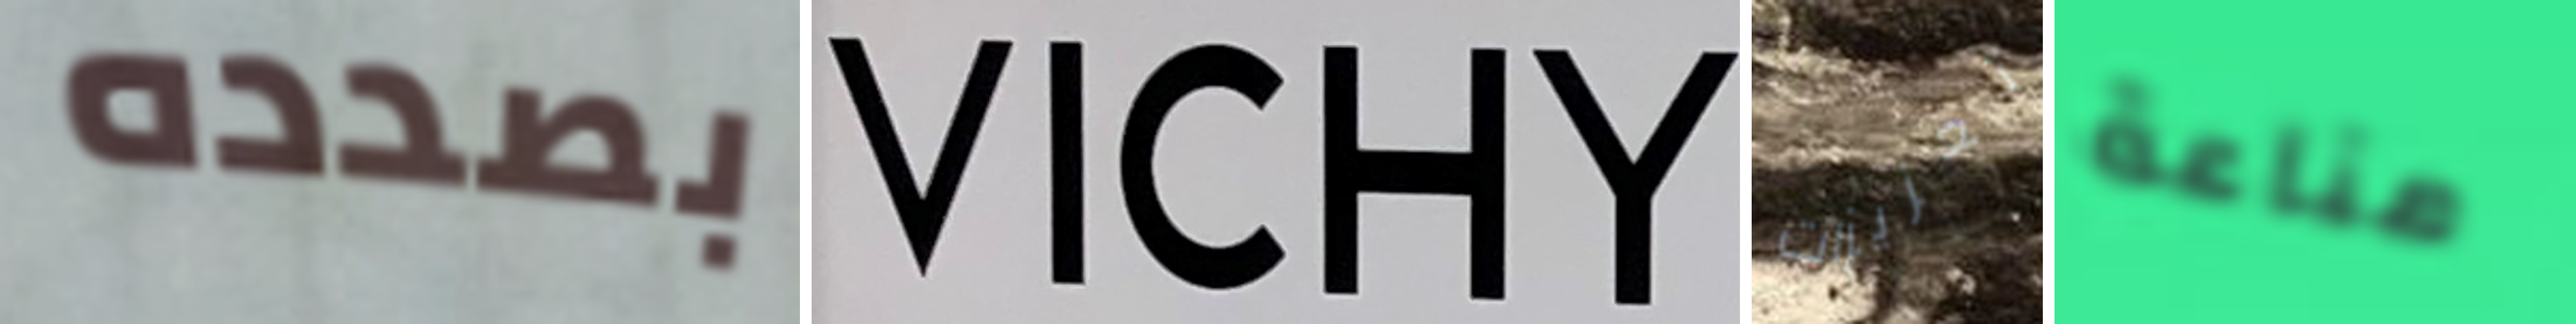
بصدده VICHY تعزيزات مناعة